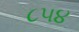
૮૫૪